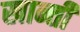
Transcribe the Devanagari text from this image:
खान्ती